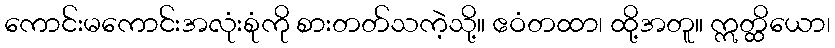
ကောင်းမကောင်းအလုံးစုံကို စားတတ်သကဲ့သို့။ ဧဝံတထာ၊ ထို့အတူ။ ဣတ္ထိယော၊